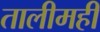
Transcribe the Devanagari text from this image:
तालीमही